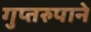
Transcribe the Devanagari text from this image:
गुप्तरुपाने